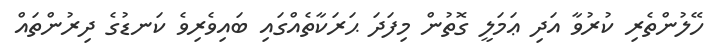
ހޭލުންތެރި ކުރުވާ އަދި ޢަމަލީ ގޮތުން މިފަދަ ޙަރަކާތެއްގައި ބައިވެރިވެ ކަނޑުގެ ދިރުންތައް